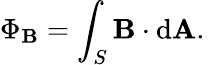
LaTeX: \Phi_{\mathbf{B}}=\int_{S}\mathbf{{\mathbf{B}}}\cdot\mathrm{{d}}\mathbf{{A}}.\,